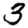
Digit: 3